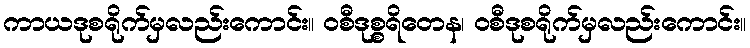
ကာယဒုစရိုက်မှလည်းကောင်း။ ဝစီဒုစ္စရိတေန၊ ဝစီဒုစရိုက်မှလည်းကောင်း။